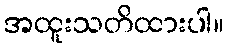
အထူးသတိထားပါ။